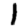
Digit: 1